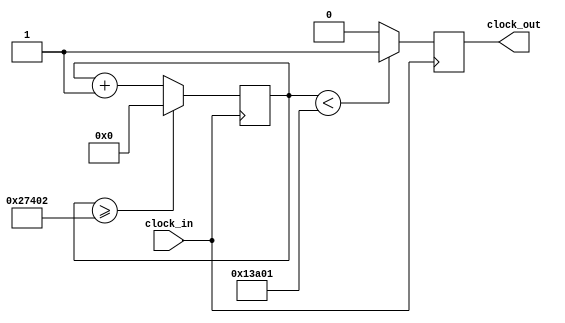
`timescale 1ns / 1ps
//////////////////////////////////////////////////////////////////////////////////
// Company: 
// Engineer: 
// 
// Design Name: 
// Module Name:    re_sos_grande 
// Project Name: 
// Target Devices: 
// Tool versions: 
// Description: 
//
// Dependencies: 
//
// Revision: 
// Revision 0.01 - File Created
// Additional Comments: 
//
//////////////////////////////////////////////////////////////////////////////////
module re_sos_grande (input clock_in, output reg clock_out);

reg [27:0]  counter = 28'd0;
parameter DIVISOR = 28'd160771;
always @(posedge clock_in)
begin
counter <= counter + 28'd1;
if (counter >=(DIVISOR-1))
counter <= 28'd0;
clock_out <= (counter<DIVISOR/2)?1'b1:1'b0;

end

endmodule